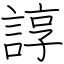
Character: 諄